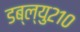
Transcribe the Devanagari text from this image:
डब्ल्यु२१०